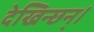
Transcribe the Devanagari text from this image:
देखिन्छन्।